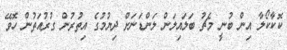
ކޮކާކޯލާ އިން ބުނީ މެޗު ބަލައިލަން ލަންޑަނަށް ދިޔުމުގެ އިތުރުން ގުރުއަތުން ހޮވޭ